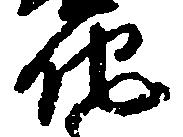
他